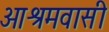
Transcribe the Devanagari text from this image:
आश्रमवासी